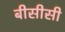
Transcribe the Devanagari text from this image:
बीसीसी